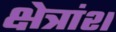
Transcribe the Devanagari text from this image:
क्षेत्रांश